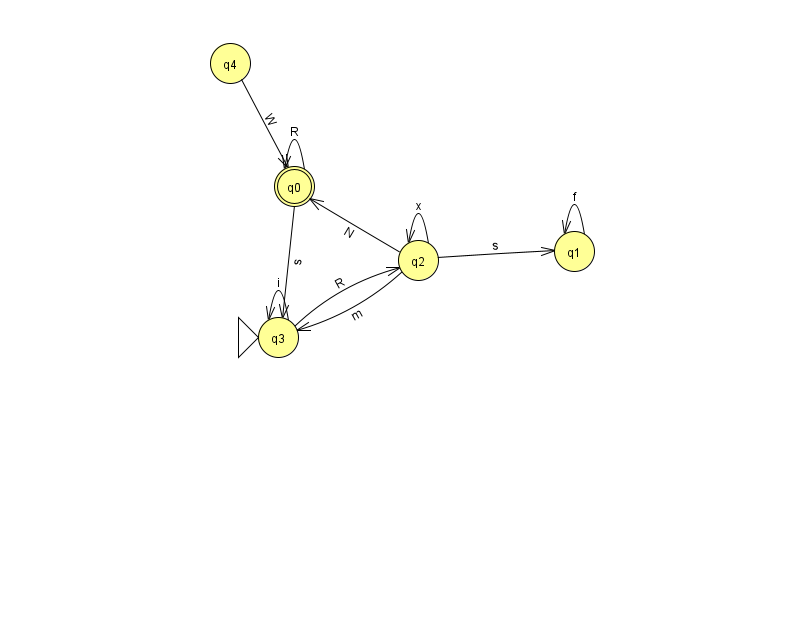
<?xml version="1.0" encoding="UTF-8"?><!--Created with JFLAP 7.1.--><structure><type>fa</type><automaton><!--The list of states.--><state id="0" name="q0"><x>294.0</x><y>173.0</y><final/></state><state id="1" name="q1"><x>574.0</x><y>238.0</y></state><state id="2" name="q2"><x>418.0</x><y>247.0</y></state><state id="3" name="q3"><x>278.0</x><y>324.0</y><initial/></state><state id="4" name="q4"><x>230.0</x><y>50.0</y></state><!--The list of transitions.--><transition><from>4</from><to>0</to><read>W</read></transition><transition><from>0</from><to>0</to><read>R</read></transition><transition><from>2</from><to>0</to><read>N</read></transition><transition><from>2</from><to>1</to><read>s</read></transition><transition><from>2</from><to>3</to><read>m</read></transition><transition><from>0</from><to>3</to><read>s</read></transition><transition><from>1</from><to>1</to><read>f</read></transition><transition><from>2</from><to>2</to><read>x</read></transition><transition><from>3</from><to>3</to><read>i</read></transition><transition><from>3</from><to>2</to><read>R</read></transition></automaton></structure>